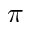
\pi